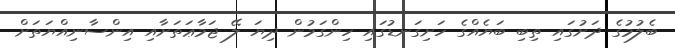
ބެލުމުގެ ދަށުގައި ތިބި ބަޔެއްގެ ހަށިގަނޑުގައި ހިންގަމުން ދިޔަ ލޭ ޖަމާޢަތަށާއި އިންސާނިއްޔަތަށް